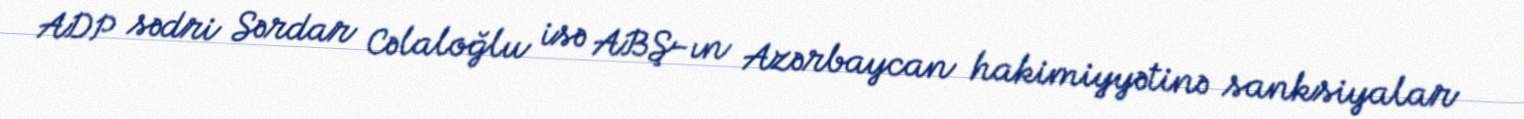
ADP sədri Sərdar Cəlaloğlu isə ABŞ-ın Azərbaycan hakimiyyətinə sanksiyalar